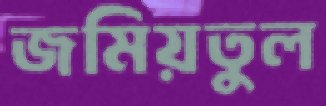
জমিয়তুল